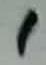
Text: 1